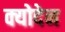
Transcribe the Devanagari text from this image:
क्योदेन